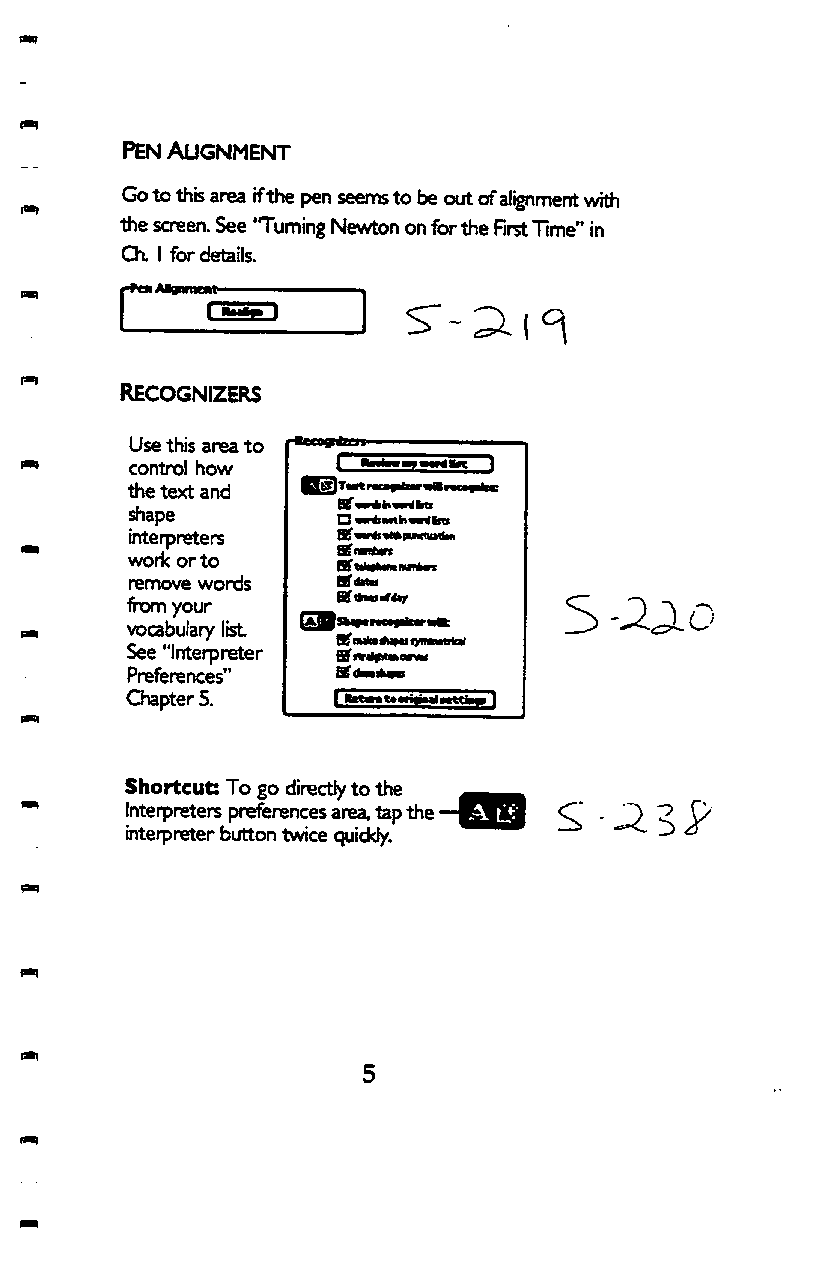
( m
 PEN AUGNMENT
 ^ Go to this area if the pen seems to be out of alignment with
 the screen. See 'Turning Newton on for the Rrst Time" in
 Ch. I for details.
 RECOGNIZERS
 Use this area to
 control how
 the text and
 shape
 interpreters
 woric or to
 remove words
 from your
 vocabulary list
 See "Interpreter
 Preferences"
 Chapter 5.
 Shortcut: To go directly to the
 Interpreters preferences area, tap the
 interpreter button twice quickly.
 I**
 5